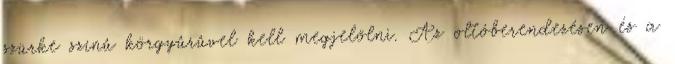
szürke színû körgyûrûvel kell megjelölni. Az oltóberendezésen és a